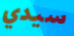
سيدي